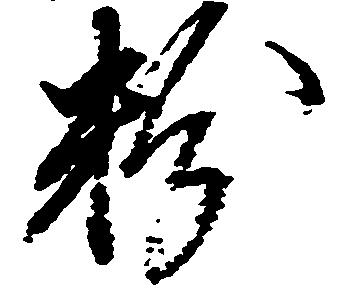
粉